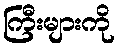
ကြီးများကို